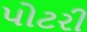
પોટરી